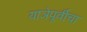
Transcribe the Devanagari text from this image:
याञेपूर्वीचा